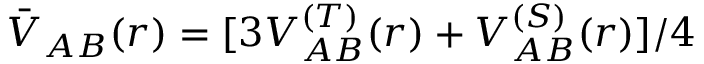
\bar { V } _ { A B } ( r ) = [ 3 V _ { A B } ^ { ( T ) } ( r ) + V _ { A B } ^ { ( S ) } ( r ) ] / 4